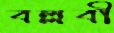
বল্লবী